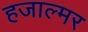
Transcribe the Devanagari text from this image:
हजाल्मर